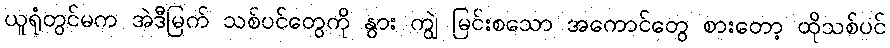
ယူရုံတွင်မက အဲဒီမြက် သစ်ပင်တွေကို နွား ကျွဲ မြင်းစသော အကောင်တွေ စားတော့ ထိုသစ်ပင်